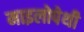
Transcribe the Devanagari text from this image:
माइलोपेथी